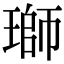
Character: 瑡